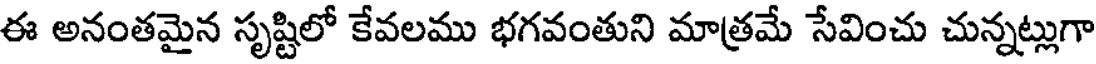
ఈ అనంతమైన సృష్టిలో కేవలము భగవంతుని మాత్రమే సేవించు చున్నట్లుగా